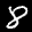
Label: 8